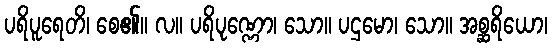
ပရိပူရေတိ၊ စေ၏။ လ။ ပရိပုဏ္ဏော၊ သော။ ပဌမော၊ သော။ အစ္ဆရိယော၊